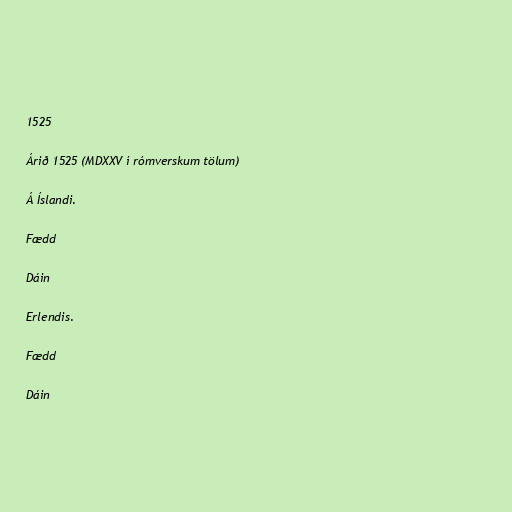
1525

Árið 1525 (MDXXV í rómverskum tölum)

Á Íslandi.

Fædd

Dáin

Erlendis.

Fædd

Dáin